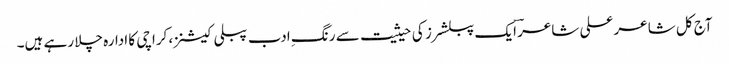
آج کل شاعر علی شاعرؔ ایک پبلشرز کی حیثیت سے رنگِ ادب پبلی کیشنز، کراچی کا ادارہ چلا رہے ہیں۔